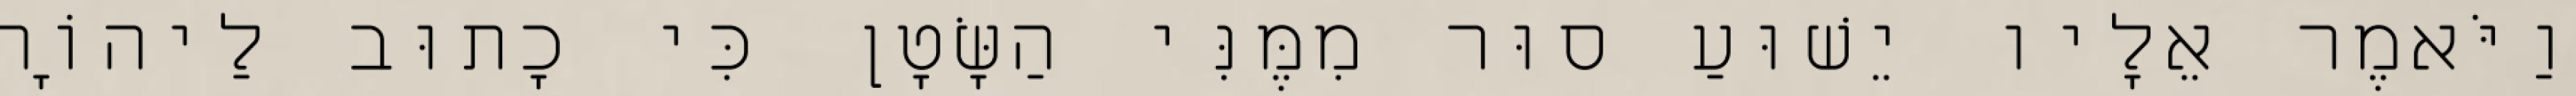
וַיֹּאמֶר אֵלָיו יֵשׁוּעַ סוּר מִמֶּנִּי הַשָּׂטָן כִּי כָתוּב לַיהוָֹה